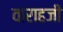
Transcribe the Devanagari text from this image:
वाराहजी